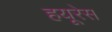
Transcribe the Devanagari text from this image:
हयूरेस